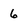
Character: 6